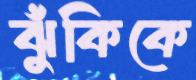
ঝুঁকিকে